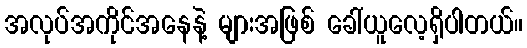
အလုပ်အကိုင်အနေနဲ့ များအဖြစ် ခေါ်ယူလေ့ရှိပါတယ်။